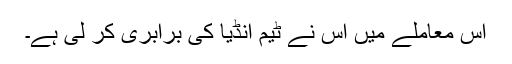
اس معاملے میں اس نے ٹیم انڈیا کی برابری کر لی ہے۔